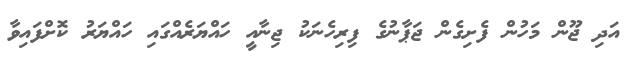
އަދި ޖޫން މަހުން ފެށިގެން ޖަޕާނުގެ ފިރިހެނަކު ޖިނާއީ ހައްޔަރެއްގައި ހައްޔަރު ކޮށްފައިވާ